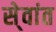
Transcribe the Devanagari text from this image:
से्वांत